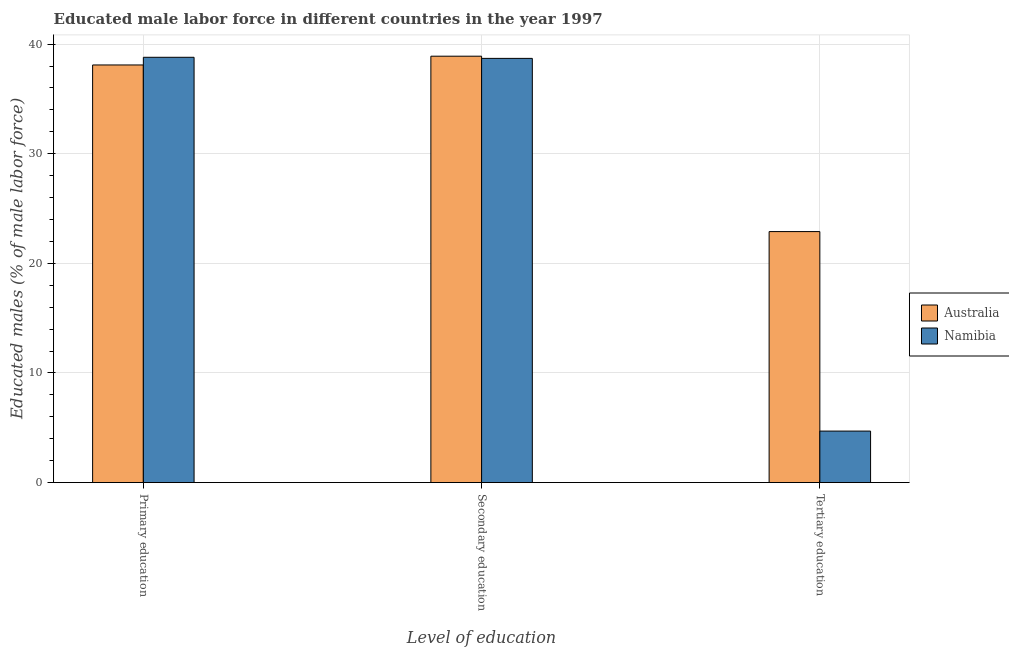
| Level of education | Australia | Namibia |
 | --- | --- | --- |
 | Primary education | 38.1 | 38.8 |
 | Secondary education | 38.9 | 38.7 |
 | Tertiary education | 22.9 | 4.7 |